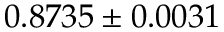
0 . 8 7 3 5 \pm 0 . 0 0 3 1